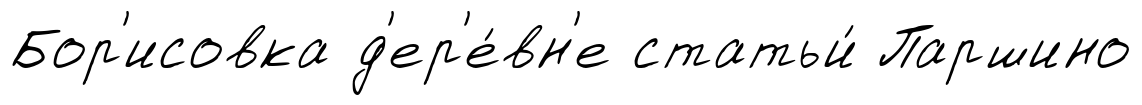
Бор'исовка д'ер'е́вн'е статьи́ Паршино